King Institute of Preventive Medicine Micro-Biological Section reports 1909-11
Year: 1909
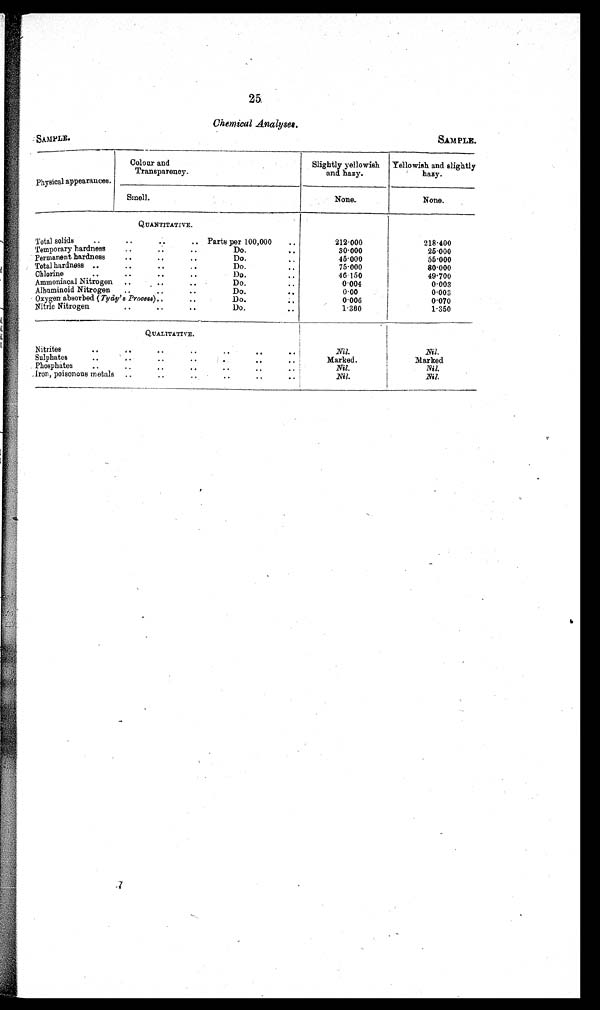
SAMPLE .
SAMPLE.
25.
Chemical Analyses.
Physical appearances.
Colour and
Transparency.
Slightly yellowish
and hazy.
Yellowish and slightly
hazy.
Smell.
None.
None.
QUANTITATIVE.
Total solids
..
• •
.. Parts per 100,000
• •
212.000
218.400
Temporary hardness
..
• .
• .
Do.
• •
30.000
25.000
Permanent hardness
....
Do.
..
45.000
55.000
Total hardness ..
• •
••
• •
Do.. •
75.000
80.000
Chlorine
• •
• •
• •
Do.
..
46.150
49.700
Ammoniacal Nitrogen ..• •
..
Do.
0.004
0.003
Albuminoid Nitrogen ..
..
Do.
• .
0.00
0.003
Oxygen absorbed ( Tydy' s. Process) . .
..
Do.
0.006
0.070
Nitric Nitrogen
• •
• •
• •
Do.• •
1.300
1.350
QUALITATIVE.
Nitrites
• .
••
••
••
• •
••I " 1
Nil. Nil.
Sulphates
• •
- •
..
• •
.. ,
Marked.
Marked
Phosphates
..
..
..
• .
..
n
..I
Nil. Nil
.
iron, poisonous metals .... ..
• .
i
Nil.
Nil
.